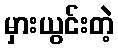
မှားယွင်းတဲ့